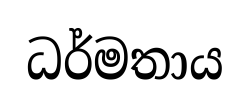
ධර්මතාය